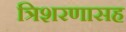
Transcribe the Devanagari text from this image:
त्रिशरणासह